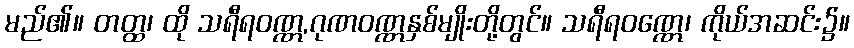
မည်၏။ တတ္ထ၊ ထို သရီရဝဏ္ဏ,ဂုဏဝဏ္ဏနှစ်မျိုးတို့တွင်။ သရီရဝဏ္ဏေ၊ ကိုယ်အဆင်း၌။